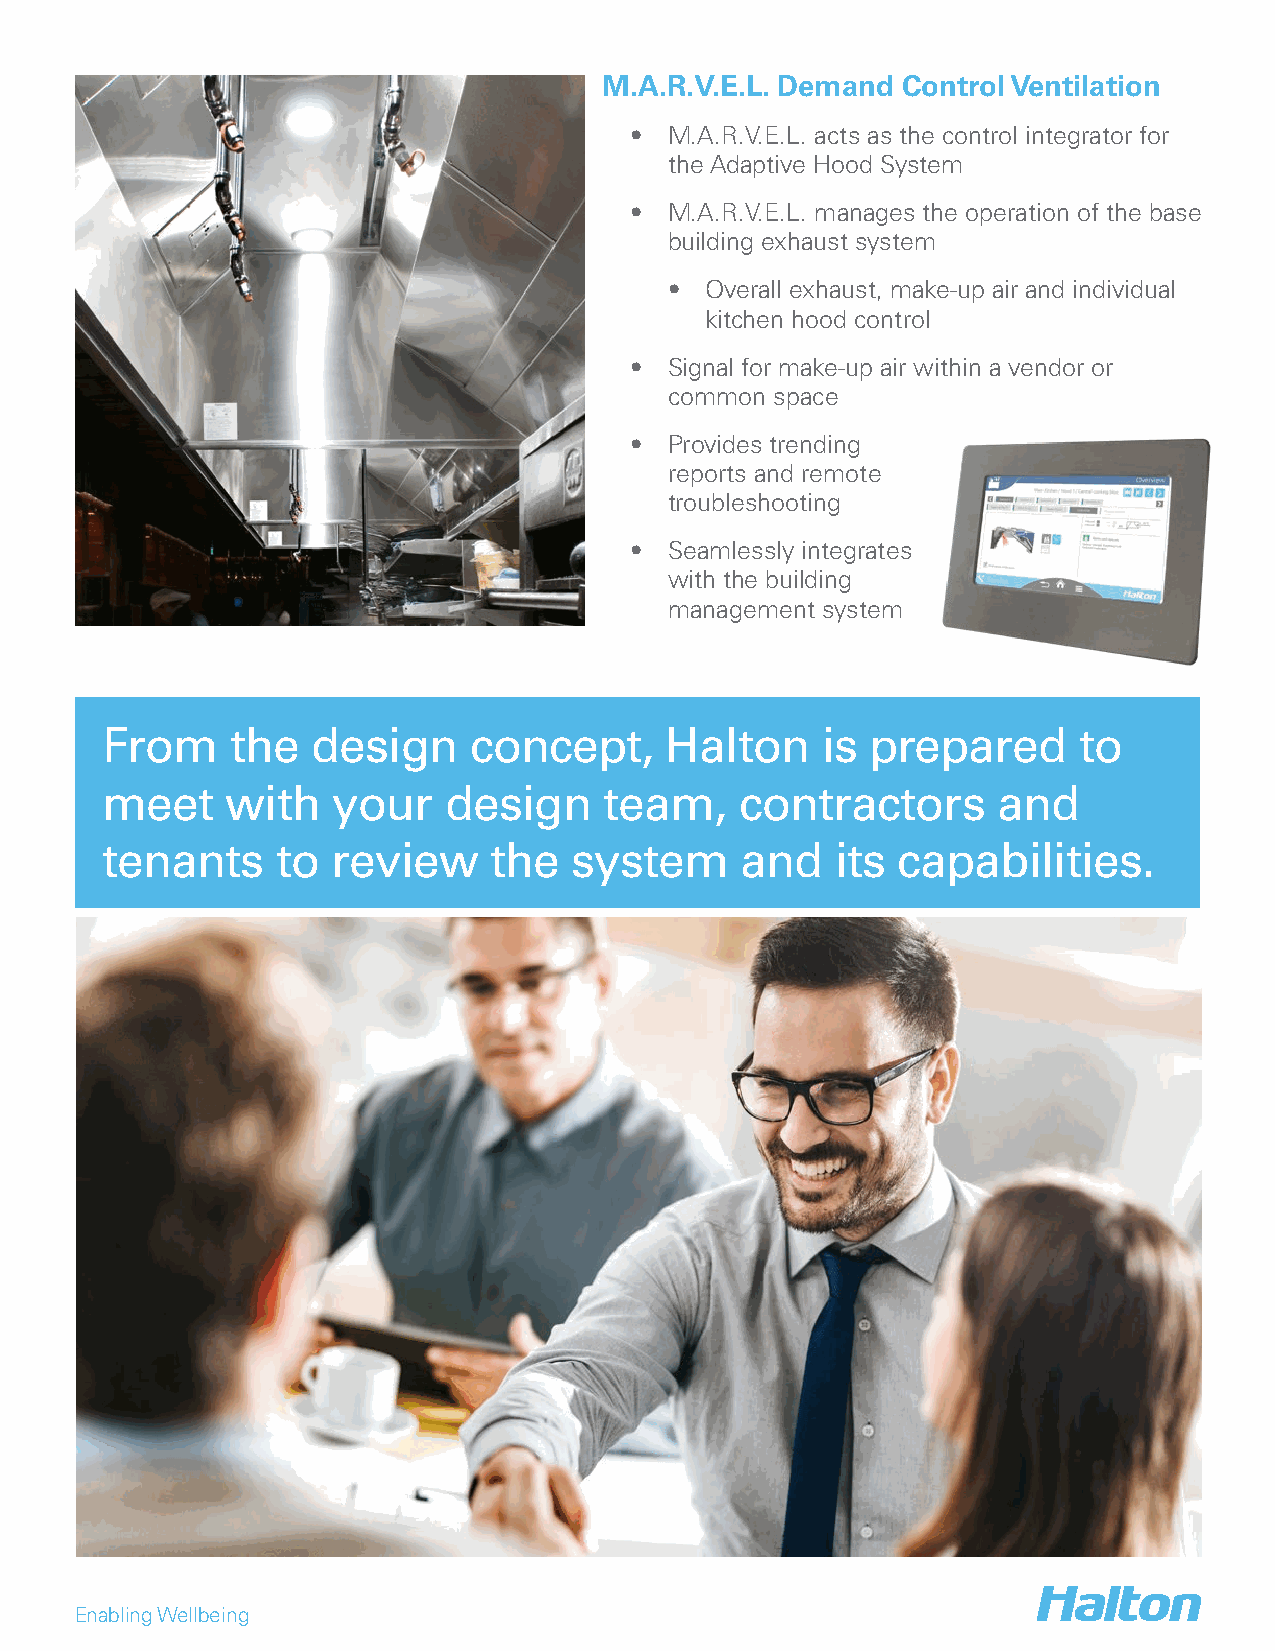
M.A.R.V.E.L. Demand Control Ventilation
 • M.A.R.V.E.L. acts as the control integrator for
 the Adaptive Hood System
 • M.A.R.V.E.L. manages the operation of the base
 building exhaust system
 •  Overall exhaust, make-up air and individual
 kitchen hood control
 • Signal for make-up air within a vendor or
 common space
 • Provides trending
 reports and remote
 troubleshooting
 • Seamlessly integrates
 with the building
 management system
 From    the   design    concept,     Halton    is  prepared     to
 meet    with   your   design     team,    contractors      and
 tenants    to  review    the   system     and   its capabilities.
 Enabling Wellbeing